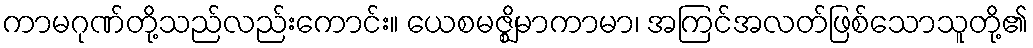
ကာမဂုဏ်တို့သည်လည်းကောင်း။ ယေစမဇ္ဈိမာကာမာ၊ အကြင်အလတ်ဖြစ်သောသူတို့၏